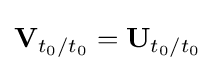
\mathbf {V} _{t_{0}/t_{0}}=\mathbf {U} _{t_{0}/t_{0}}